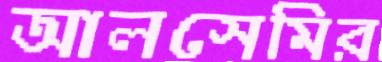
আলসেমির